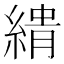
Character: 𮈨